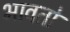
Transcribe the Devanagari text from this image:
भावतो